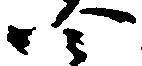
四